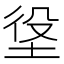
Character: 垼